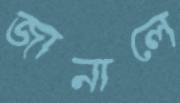
জানালে